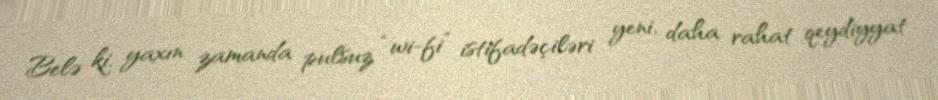
Belə ki, yaxın zamanda pulsuz “wi-fi” istifadəçiləri yeni, daha rahat qeydiyyat